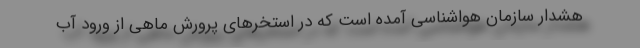
هشدار سازمان هواشناسی آمده است که در استخرهای پرورش ماهی از ورود آب